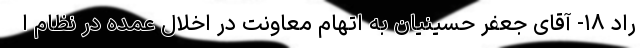
راد ۱۸- آقای جعفر حسینیان به اتهام معاونت در اخلال عمده در نظام ا